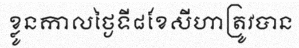
ខ្លូនកាលថ្ងៃទី៨ខែសីហាត្រូវបាន